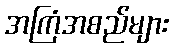
အကြံအစည်များ